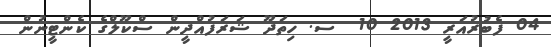
04 ފެބުރުއަރީ 2013 10  ސ. ހިތަދޫ ޝަރަފުއްދީން ސްކޫލްގެ ކެންޓީނުން